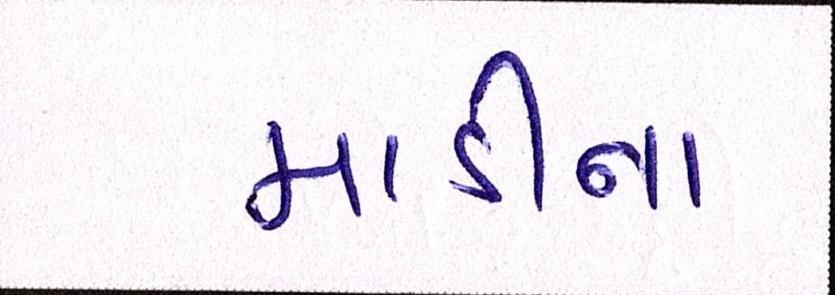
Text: માડીના